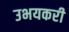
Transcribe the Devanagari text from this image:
उभयकरी